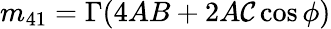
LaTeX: m_{41}=\Gamma(4AB+2A\mathcal{C}\cos\phi)